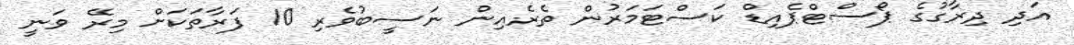
އަދި ދިރާގުގެ ޕޯސްޓްޕެއިޑް ކަސްޓަމަރުން ތެރެއިން ނަސީބުވެރި 10 ފަރާތަކަށް މިރޭ ވަނީ